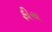
ફીચ